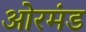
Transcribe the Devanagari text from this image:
ओरमंड